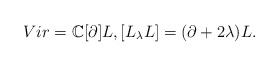
\begin{align*}Vir= \mathbb{C}[\partial]L, [L_\lambda L]= (\partial+ 2\lambda)L.\end{align*}